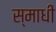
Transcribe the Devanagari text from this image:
स्माधी